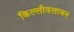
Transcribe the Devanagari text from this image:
किल्लीवलावन